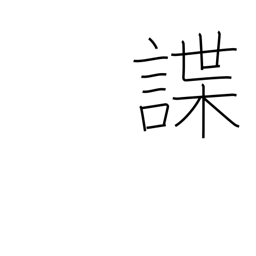
Meaning: reconnoiter